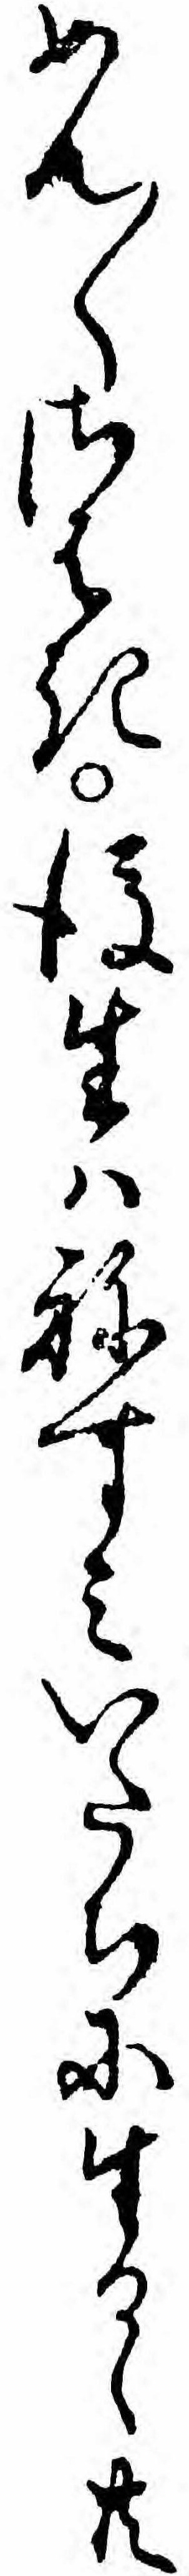
めん〱さはき後生ハねすミいたちに生るゝ共